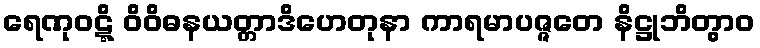
ရေဏုဝဋ္ဋိ ဝိဝိဓနယတ္တာဒိဟေတုနာ ကာရမာပဇ္ဇတေ နိဋ္ဌုဘိတွာဝ